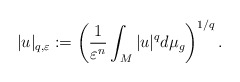
\begin{align*}|u|_{q,\varepsilon}:=\left( \frac{1}{\varepsilon^{n}}\int_{M}|u|^{q}d\mu_{g}\right) ^{1/q}.\end{align*}